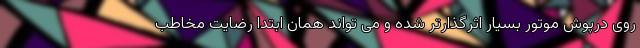
روی درپوش موتور بسیار اثرگذارتر شده و می تواند همان ابتدا رضایت مخاطب